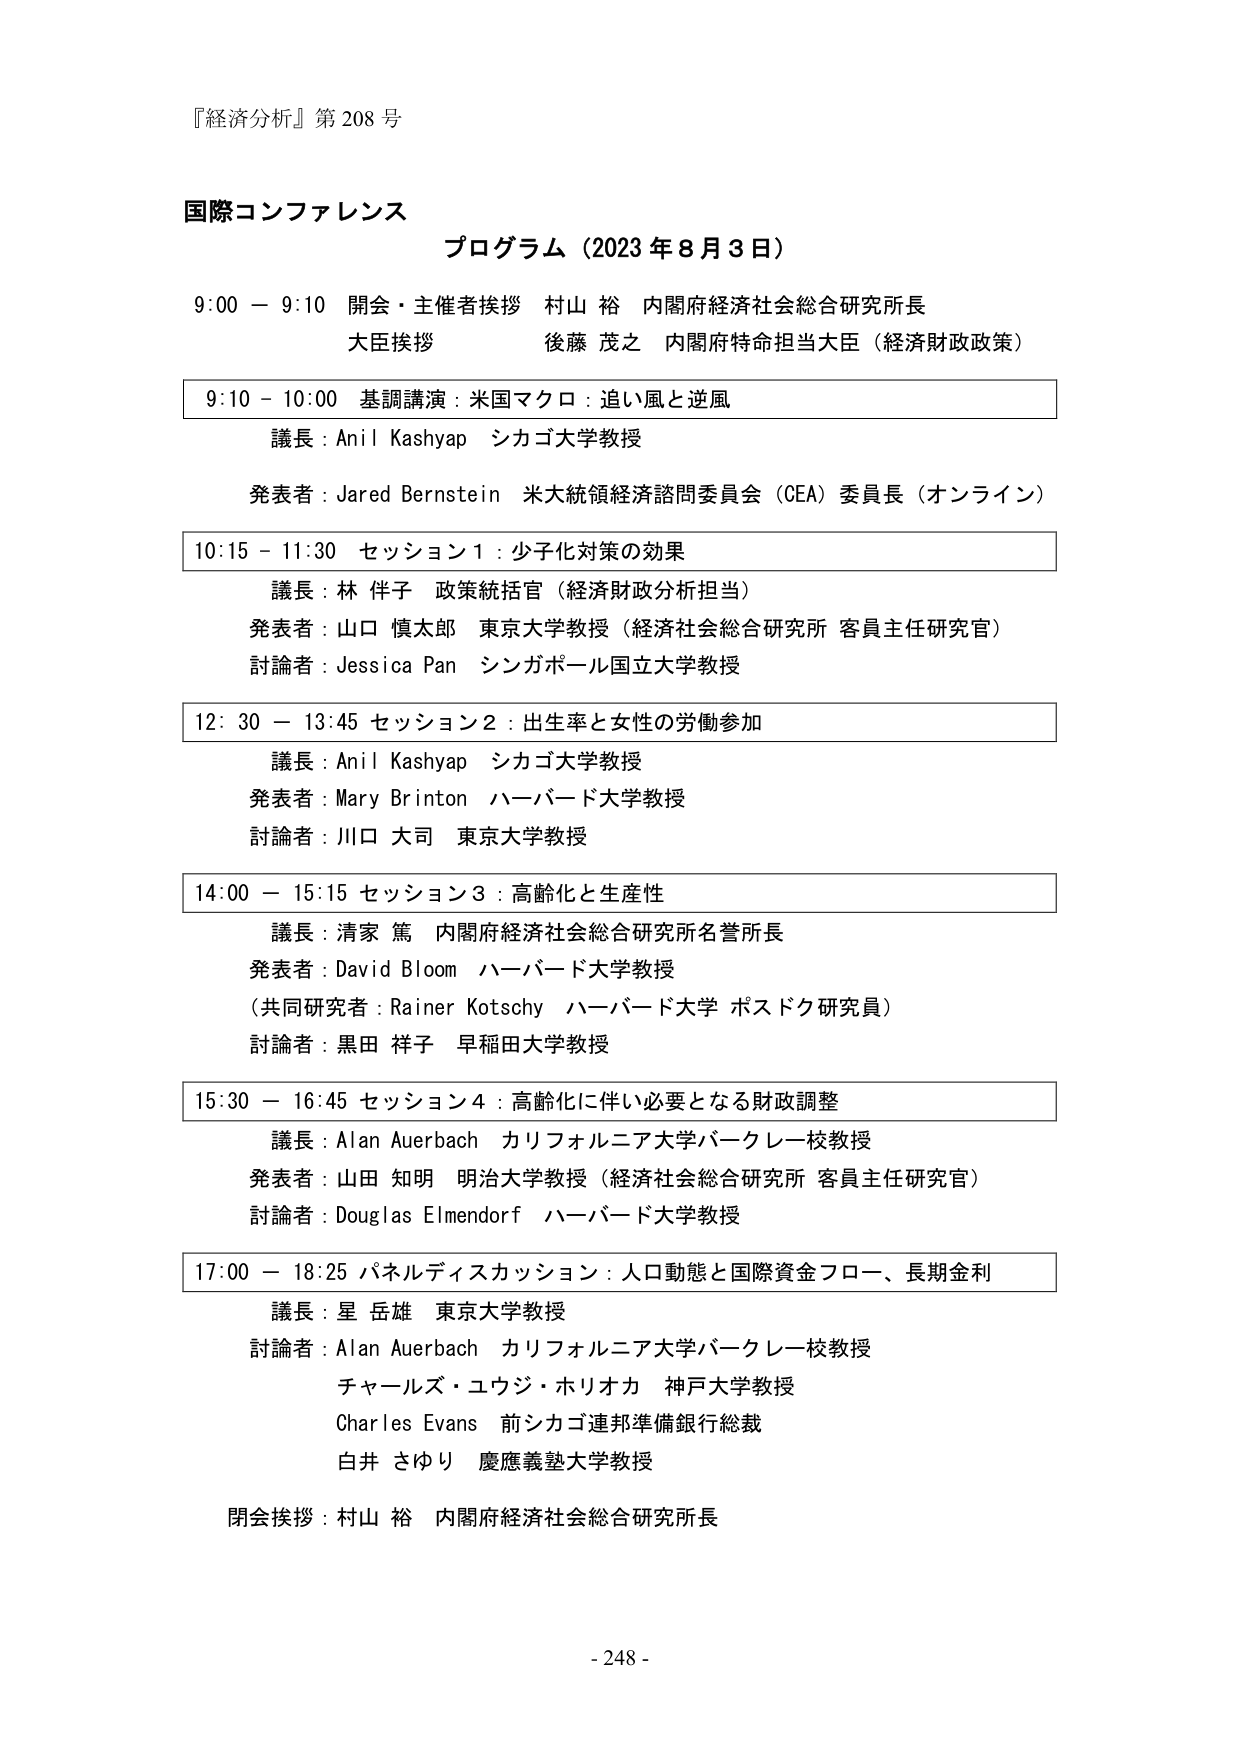
『経済分析』第 208 号

国際コンファレンス
プログラム（2023 年 8 月 3 日）

9:00 － 9:10 開会・主催者挨拶 村山 裕 内閣府経済社会総合研究所長
大臣挨拶 後藤 茂之 内閣府特命担当大臣（経済財政政策）

9:10 － 10:00 基調講演：米国マクロ：追い風と逆風
議長：Anil Kashyap シカゴ大学教授
発表者：Jared Bernstein 米大統領経済諮問委員会（CEA）委員長（オンライン）

10:15 － 11:30 セッション１：少子化対策の効果
議長：林 伴子 政策統括官（経済財政分析担当）
発表者：山口 慎太郎 東京大学教授（経済社会総合研究所 客員主任研究官）
討論者：Jessica Pan シンガポール国立大学教授

12:30 － 13:45 セッション２：出生率と女性の労働参加
議長：Anil Kashyap シカゴ大学教授
発表者：Mary Brinton ハーバード大学教授
討論者：川口 大司 東京大学教授

14:00 － 15:15 セッション３：高齢化と生産性
議長：清家 篤 内閣府経済社会総合研究所名誉所長
発表者：David Bloom ハーバード大学教授
（共同研究者：Rainer Kotschy ハーバード大学 ポスドク研究員）
討論者：黒田 祥子 早稲田大学教授

15:30 － 16:45 セッション４：高齢化に伴い必要となる財政調整
議長：Alan Auerbach カリフォルニア大学バークレー校教授
発表者：山田 知明 明治大学教授（経済社会総合研究所 客員主任研究官）
討論者：Douglas Elmendorf ハーバード大学教授

17:00 － 18:25 パネルディスカッション：人口動態と国際資金フロー、長期金利
議長：星 岳雄 東京大学教授
討論者：Alan Auerbach カリフォルニア大学バークレー校教授
チャールズ・ユウジ・ホリオカ 神戸大学教授
Charles Evans 前シカゴ連邦準備銀行総裁
白井 さゆり 慶應義塾大学教授

閉会挨拶：村山 裕 内閣府経済社会総合研究所長

- 248 -